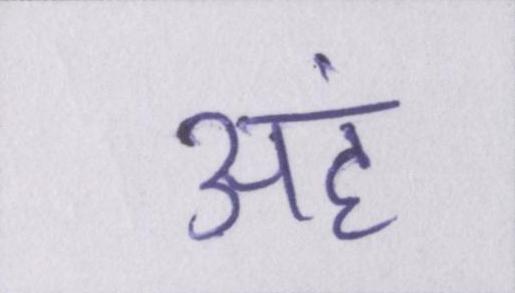
अहं